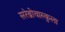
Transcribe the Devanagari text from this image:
सरेब्रोवास्कुला